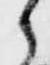
之